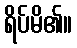
ရိပ်မိ၏။